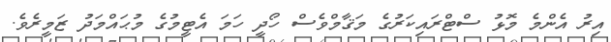
އިރު އެންމެ މޮޅު ސްޓްރައިކަރުގެ މަޤާމްވެސް ހޯދީ ހަމަ އެޓީމުގެ މުޙައްމަދު ޒަމީރެވެ.